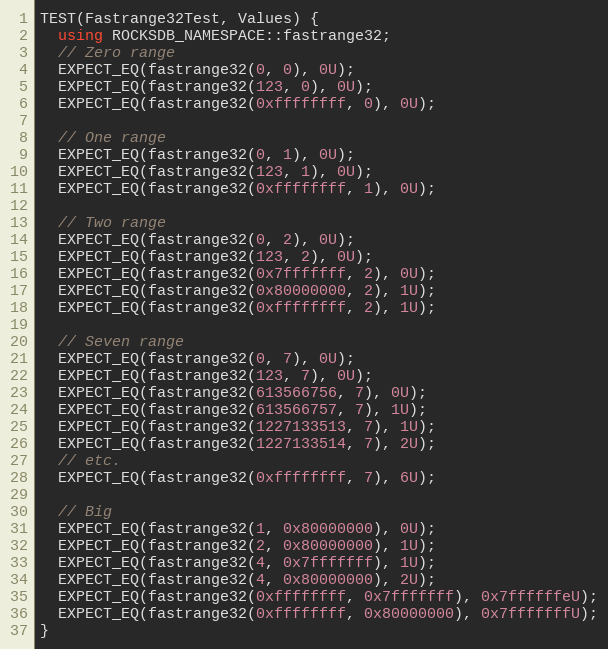
Language: C++
TEST(Fastrange32Test, Values) {
  using ROCKSDB_NAMESPACE::fastrange32;
  // Zero range
  EXPECT_EQ(fastrange32(0, 0), 0U);
  EXPECT_EQ(fastrange32(123, 0), 0U);
  EXPECT_EQ(fastrange32(0xffffffff, 0), 0U);

  // One range
  EXPECT_EQ(fastrange32(0, 1), 0U);
  EXPECT_EQ(fastrange32(123, 1), 0U);
  EXPECT_EQ(fastrange32(0xffffffff, 1), 0U);

  // Two range
  EXPECT_EQ(fastrange32(0, 2), 0U);
  EXPECT_EQ(fastrange32(123, 2), 0U);
  EXPECT_EQ(fastrange32(0x7fffffff, 2), 0U);
  EXPECT_EQ(fastrange32(0x80000000, 2), 1U);
  EXPECT_EQ(fastrange32(0xffffffff, 2), 1U);

  // Seven range
  EXPECT_EQ(fastrange32(0, 7), 0U);
  EXPECT_EQ(fastrange32(123, 7), 0U);
  EXPECT_EQ(fastrange32(613566756, 7), 0U);
  EXPECT_EQ(fastrange32(613566757, 7), 1U);
  EXPECT_EQ(fastrange32(1227133513, 7), 1U);
  EXPECT_EQ(fastrange32(1227133514, 7), 2U);
  // etc.
  EXPECT_EQ(fastrange32(0xffffffff, 7), 6U);

  // Big
  EXPECT_EQ(fastrange32(1, 0x80000000), 0U);
  EXPECT_EQ(fastrange32(2, 0x80000000), 1U);
  EXPECT_EQ(fastrange32(4, 0x7fffffff), 1U);
  EXPECT_EQ(fastrange32(4, 0x80000000), 2U);
  EXPECT_EQ(fastrange32(0xffffffff, 0x7fffffff), 0x7ffffffeU);
  EXPECT_EQ(fastrange32(0xffffffff, 0x80000000), 0x7fffffffU);
}